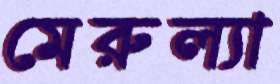
মেরুল্যা